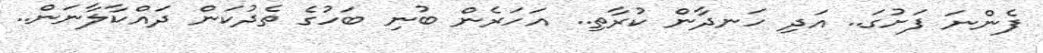
ފެންނަ ފަށުގަ.. އަދި ހަނދާން ކުރާތި.. އަހަރެން ބުނި ބަހުގެ ތެދުކަން ދައްކާލާނަން..